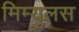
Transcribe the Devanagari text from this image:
मिम्युलस